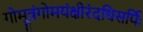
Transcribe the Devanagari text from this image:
गोमूत्रंगोमयंक्षीरंदधिसर्पिः